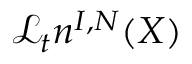
\mathcal { L } _ { t } n ^ { I , N } ( X )